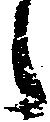
々